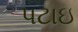
પટાઇ